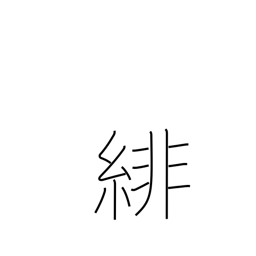
Meaning: cardinal